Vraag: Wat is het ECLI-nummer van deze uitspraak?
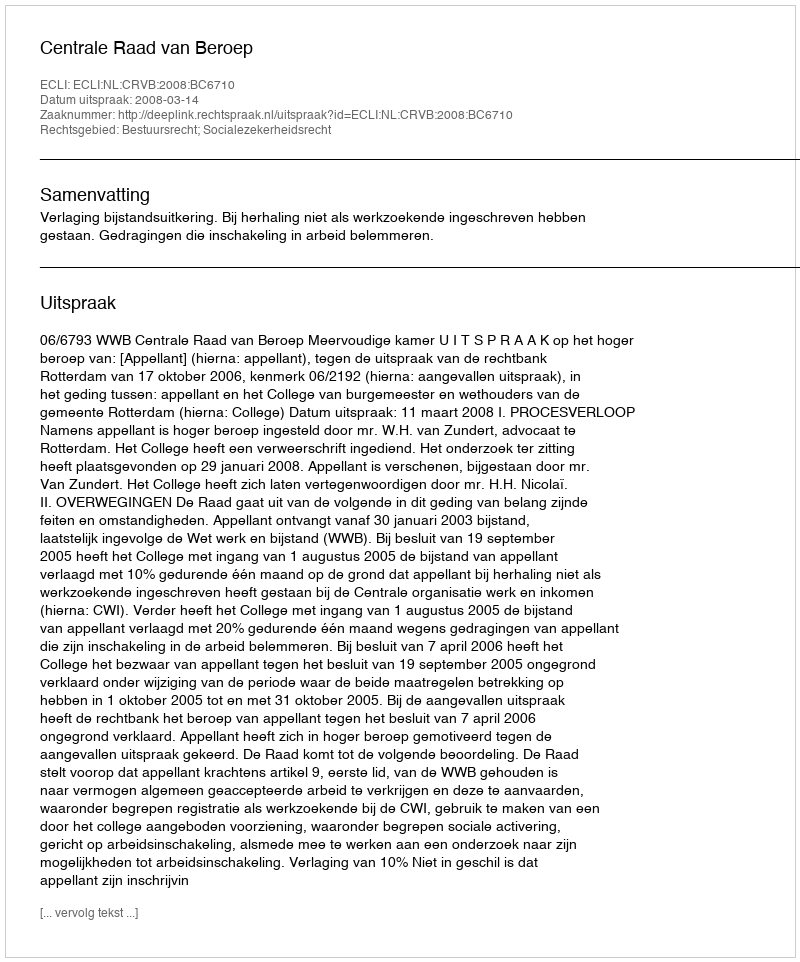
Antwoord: ECLI:NL:CRVB:2008:BC6710